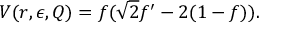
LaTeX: V ( r , \epsilon , Q ) = f ( \sqrt 2 f ^ { \prime } - 2 ( 1 - f ) ) .